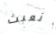
نعبث